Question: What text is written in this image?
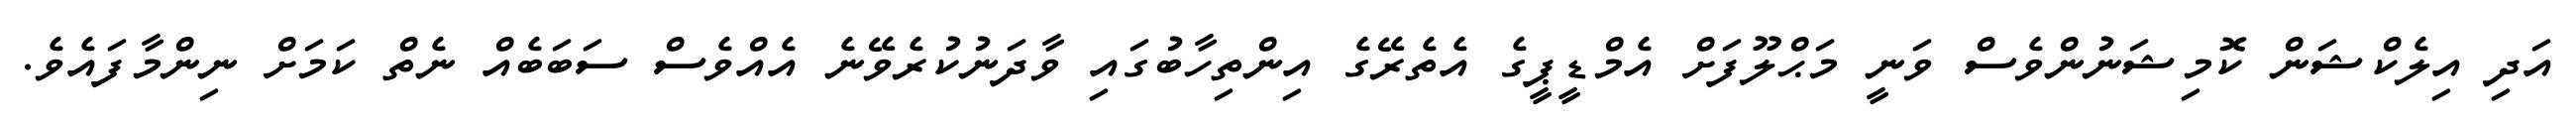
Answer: އަދި އިލެކްޝަން ކޮމިޝަނުންވެސް ވަނީ މަޙްލޫފަށް އެމްޑީޕީގެ އެތެރޭގެ އިންތިހާބުގައި ވާދަނުކުރެވޭނެ އެއްވެސް ސަބަބެއް ނެތް ކަމަށް ނިންމާފައެވެ.